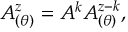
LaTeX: A _ { ( \theta ) } ^ { z } = A ^ { k } A _ { ( \theta ) } ^ { z - k } ,